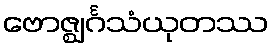
ဗောဇ္ဈင်္ဂသံယုတဿ